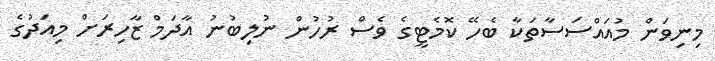
މިނިވަން މުއައްސަސާތަކާ ބެހޭ ކޮމެޓީގެ ވެސް ރުހުން ނުލިބުނު އާދަމް ޒާހިރަށް މިއަދުގެ